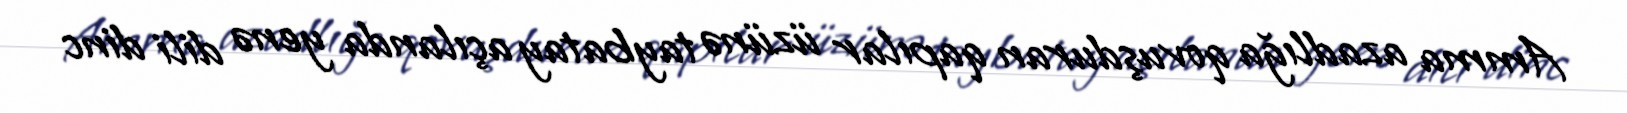
Amma azadlığa qovuşduran qapılar üzünə taybatay açılanda yenə dili dinc